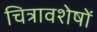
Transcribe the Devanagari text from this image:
चित्रावशेषों